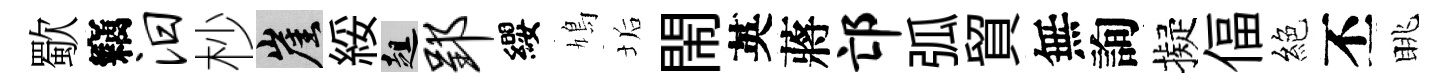
歜竊汨杪崖綏趄郢纓鳩垢閙英蔣邙弧貿無詢擬偪絕丕眺